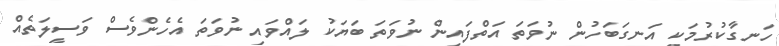
ހަނގާކުރުމަކީ އަނގަބަހުން ނުވަތަ އަތްފައިން ނުވަތަ ބަޔަކު ލައްވައި ނުވަތަ އެހެންވެސް ވަސީލަތެއް